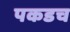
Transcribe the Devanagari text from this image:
पकडच